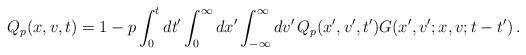
LaTeX: \begin{align*}Q_p(x,v,t)=1-p\int_0^t dt'\int_0^\infty dx'\int_{-\infty}^\infty dv'\, Q_p(x',v',t')G(x',v';x,v;t-t')\,.\end{align*}